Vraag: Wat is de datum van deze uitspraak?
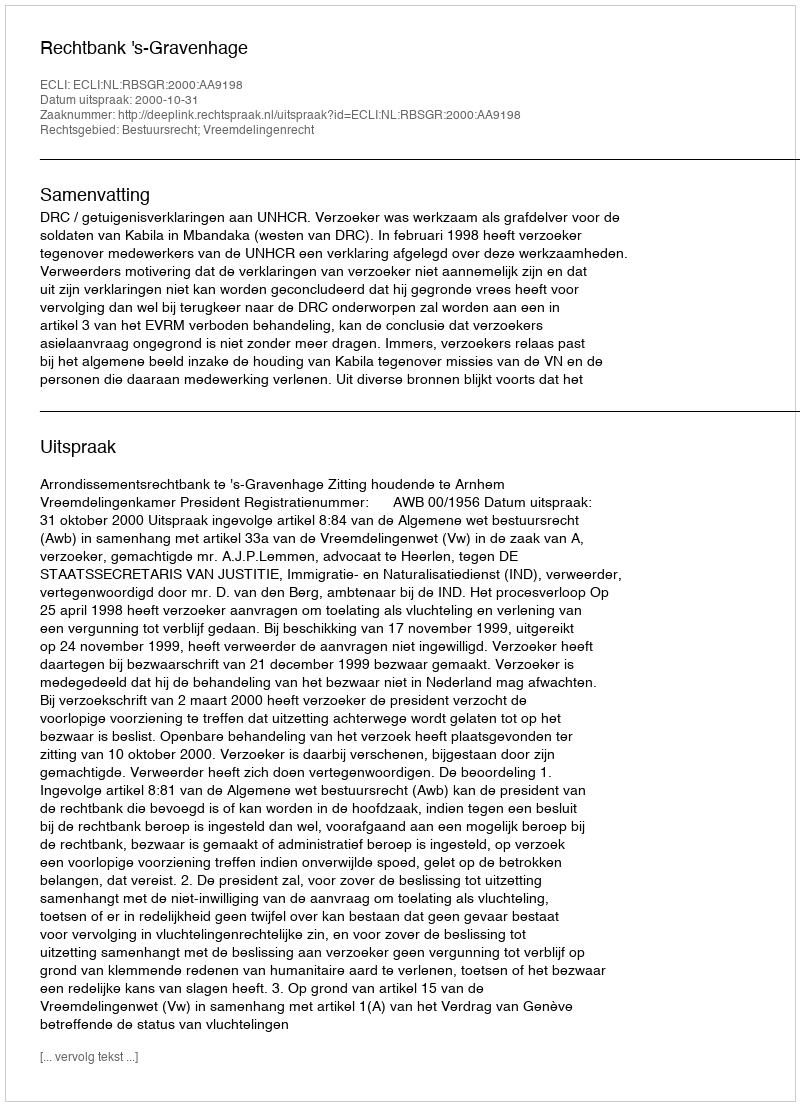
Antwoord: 2000-10-31